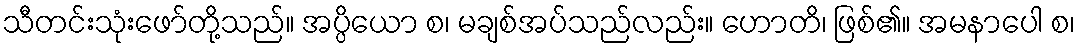
သီတင်းသုံးဖော်တို့သည်။ အပ္ပိယော စ၊ မချစ်အပ်သည်လည်း။ ဟောတိ၊ ဖြစ်၏။ အမနာပေါ စ၊